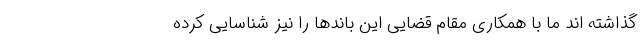
گذاشته اند ما با همکاری مقام قضایی این باندها را نیز شناسایی کرده